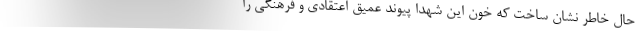
حال خاطر نشان ساخت که خون این شهدا پیوند عمیق اعتقادی و فرهنگی را